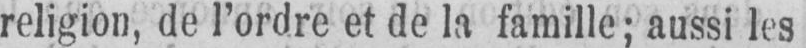
religion, de l’ordre et de la famille; aussi les